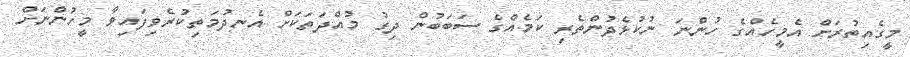
މީގެއިތުރަށް އެމީހެއްގެ ހުންނަ ނުކުޅެދުންތެރި ކަމެއްގެ ސަބަބުން ދިގު މުއްދަތަކަށް އެނދުމަތިކުރެވިފައިވާ މީހުންނަށް